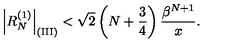
\left| R _ { N } ^ { ( 1 ) } \right| _ { \mathrm { ( I I I ) } } < \sqrt { 2 } \left( N + { \frac { 3 } { 4 } } \right) { \frac { \beta ^ { N + 1 } } { x } } .